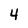
Character: 4